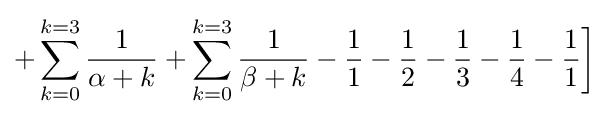
+\sum _{k=0}^{k=3}{\frac {1}{\alpha +k}}+\sum _{k=0}^{k=3}{\frac {1}{\beta +k}}-{\frac {1}{1}}-{\frac {1}{2}}-{\frac {1}{3}}-{\frac {1}{4}}-{\frac {1}{1}}{\bigg ]}